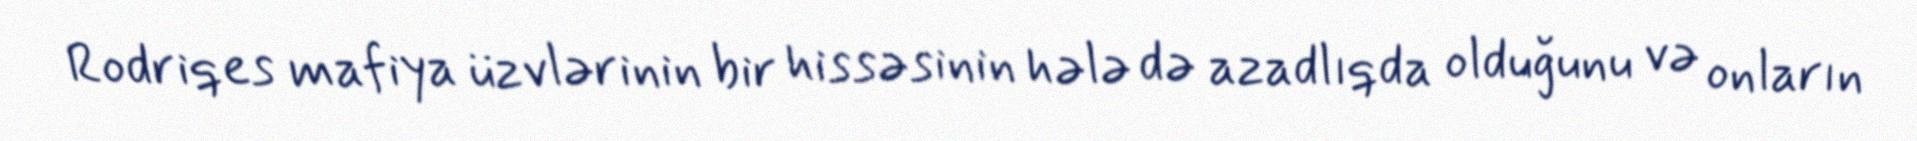
Rodriqes mafiya üzvlərinin bir hissəsinin hələ də azadlıqda olduğunu və onların